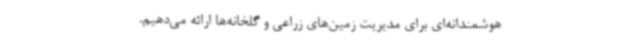
هوشمندانه‌ای برای مدیریت زمین‌های زراعی و گلخانه‌ها ارائه می‌دهیم.